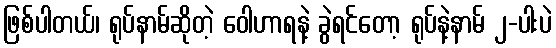
ဖြစ်ပါတယ်၊ ရုပ်နာမ်ဆိုတဲ့ ဝေါဟာရနဲ့ ခွဲရင်တော့ ရုပ်နဲ့နာမ် ၂-ပါးပဲ